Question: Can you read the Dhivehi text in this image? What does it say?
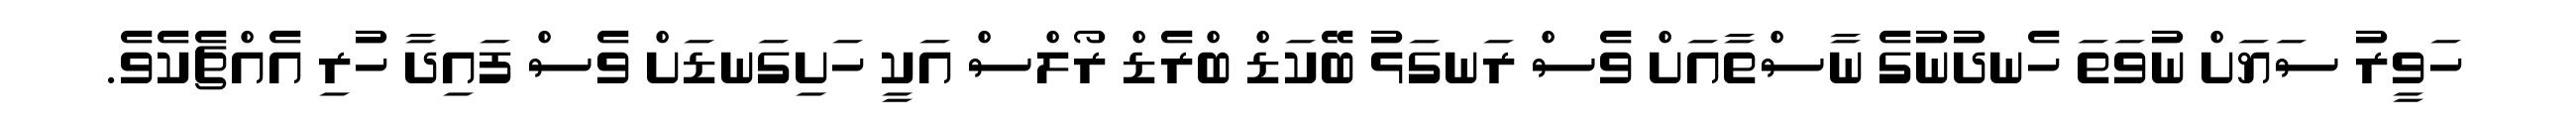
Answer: ހަވީރު ސަޔަށް ނުވަތަ ހެނދުނުގެ ނާސްތާއަށް ވެސް ރަނގަޅު ބޭކަޑް ބްރެޑް ރޯލްސް އަކީ ހަށިގަނޑަށް ވެސް ފައިދާ ހުރި އެއްޗެކެވެ.